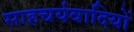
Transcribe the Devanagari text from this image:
साहचर्यवादियों